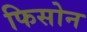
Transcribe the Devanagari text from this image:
फिसोन